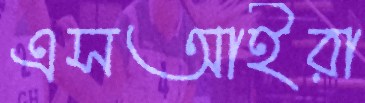
এসআইরা